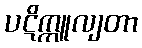
ပဋိက္ကူလျတာ